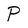
Character: P